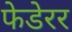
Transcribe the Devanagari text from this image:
फेडेरर